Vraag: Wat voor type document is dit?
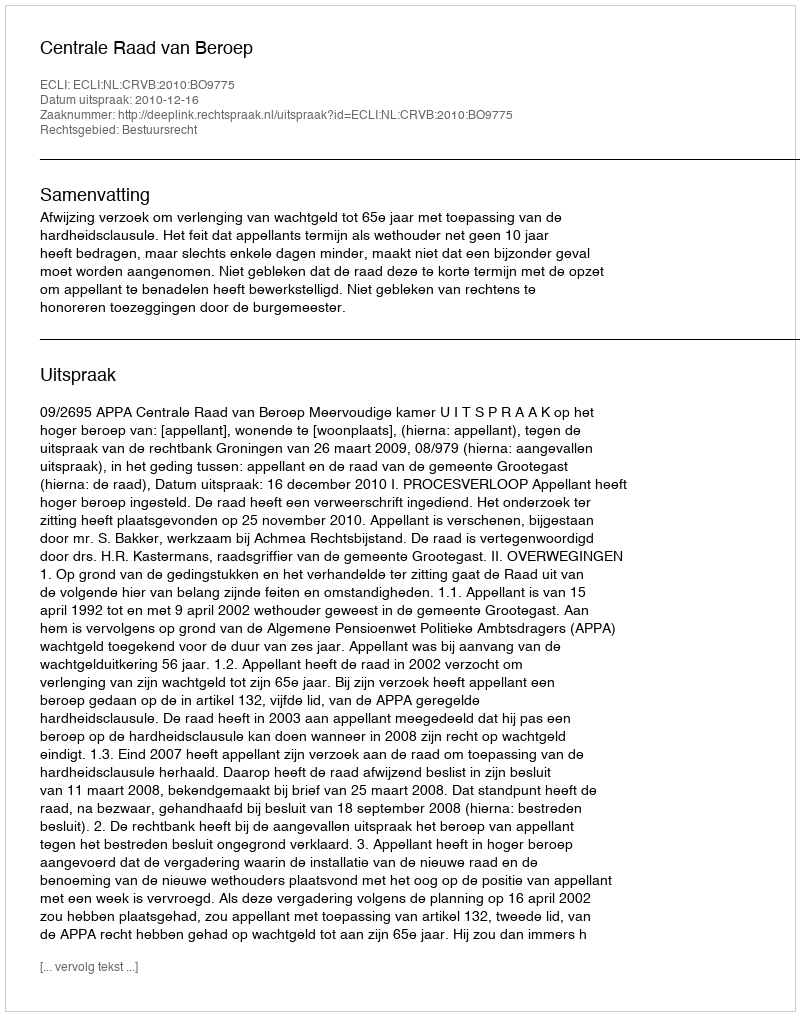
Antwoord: Uitspraak